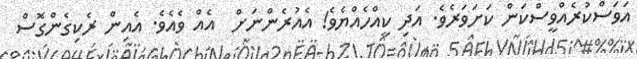
އަވަސްކުރެއްވީސްކަން ކަށަވަރެވެ. އަދި ކީއްހެއްޔެވެ! އެއުރެންނަށް  އެއް ވެއެވެ. އެއިން ރެކިގެންގޮސް